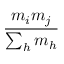
\frac { m _ { i } m _ { j } } { \sum _ { h } m _ { h } }